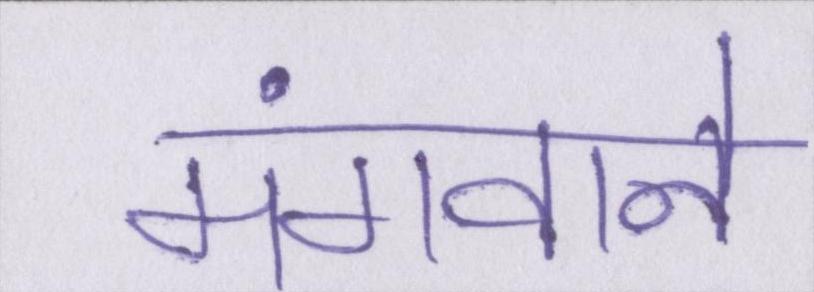
मंगवाने